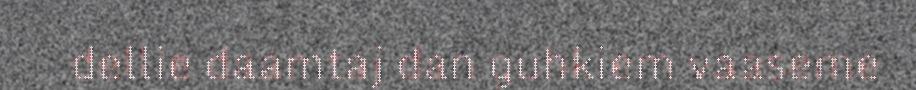
dellie daamtaj dan guhkiem vaaseme